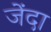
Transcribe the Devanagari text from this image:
जेंदा